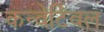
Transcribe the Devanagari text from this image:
कन्वेर्टिवल